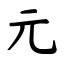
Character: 元